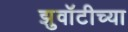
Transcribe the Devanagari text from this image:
झुवॉटीच्या